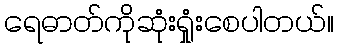
ရေဓာတ်ကိုဆုံးရှုံးစေပါတယ်။